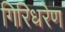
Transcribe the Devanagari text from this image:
गिरिधरेण